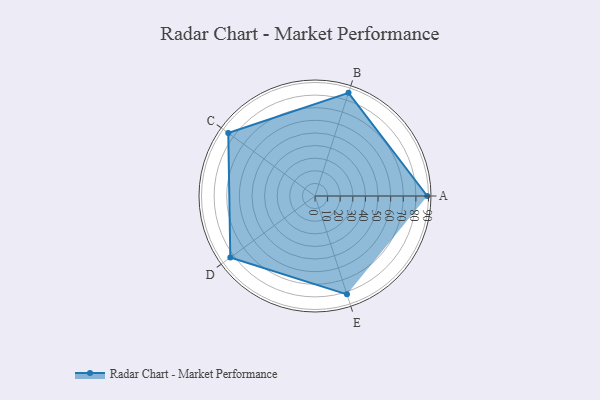
{"axis": {"x": "Skill", "y": "Score"}, "legend": ["Profile"], "data": [{"x": "A", "y": 89.0, "type": "Profile"}, {"x": "B", "y": 86.0, "type": "Profile"}, {"x": "C", "y": 85.0, "type": "Profile"}, {"x": "D", "y": 83.0, "type": "Profile"}, {"x": "E", "y": 82.0, "type": "Profile"}]}